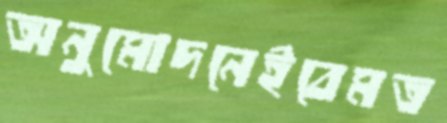
অনুমোদনেইবেমত